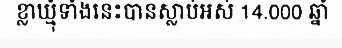
ខ្លាឃ្មុំទាំងនេះបានស្លាប់អស់ 14.000 ឆ្នាំ